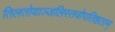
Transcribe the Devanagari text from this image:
तिलतोयाञ्जलिस्तवोपतिष्ठताम्